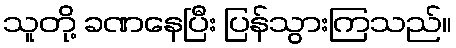
သူတို့ ခဏနေပြီး ပြန်သွားကြသည်။